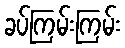
ခပ်ကြမ်းကြမ်း